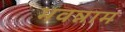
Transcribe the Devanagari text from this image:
भवन्नाम